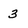
Character: 3